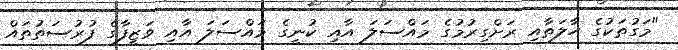
"މަގުތަކުގެ ހާލަތާއި ރަށްގިރުމުގެ މައްސަލަ އާއި ކުނީގެ މައްސަލަ އާއި ވަޒީފާގެ ފުރުސަތުތައް